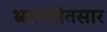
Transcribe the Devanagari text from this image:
भ्रमरगीतसार